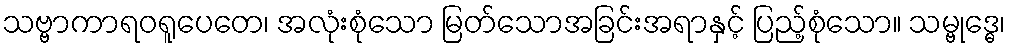
သဗ္ဗာကာရဝရူပေတေ၊ အလုံးစုံသော မြတ်သောအခြင်းအရာနှင့် ပြည့်စုံသော။ သမ္ဗုဒ္ဓေ၊